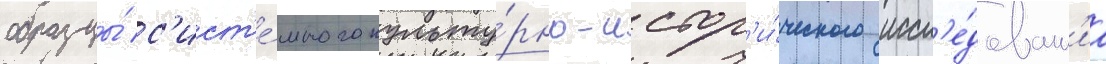
образцы́ с'ист'е́много культу́рно-истор'и́ческого иссл'е́дован'иа